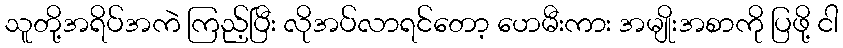
သူတို့အရိပ်အကဲ ကြည့်ပြီး လိုအပ်လာရင်တော့ ဟေမီးကား အမျိုးအစာကို ပြဖို့ ငါ